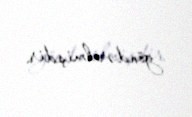
göndərilmişdir.